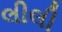
લીલી